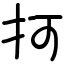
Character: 抲